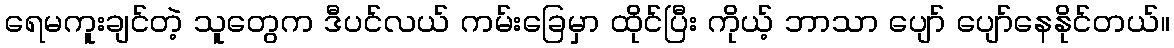
ရေမကူးချင်တဲ့ သူတွေက ဒီပင်လယ် ကမ်းခြေမှာ ထိုင်ပြီး ကိုယ့် ဘာသာ ပျော် ပျော်နေနိုင်တယ်။